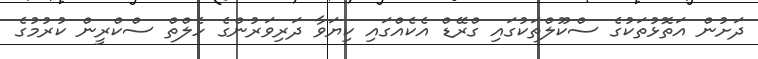
ދަށުން އަތޮޅުތަކުގެ ސްކޫލްތަކުގައި ގްރޭޑް އެކެއްގައި ކިޔަވާ ދަރިވަރުންގެ ހެލްތް ސްކްރީން ކުރުމުގެ